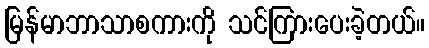
မြန်မာဘာသာစကားကို သင်ကြားပေးခဲ့တယ်။